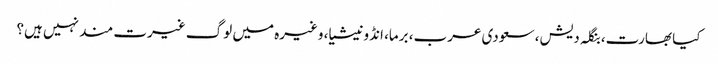
کیا بھارت، بنگلہ دیش، سعودی عرب، برما، انڈونیشیا، وغیرہ میں لوگ غیرت مند نہیں ہیں؟